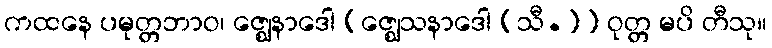
ကထနေ ပမုတ္တဘာဝ၊ ဇ္ဈေနာဒေါ [ဇ္ဈေသနာဒေါ (သီ.)] ဝုတ္တ မပိ တီသု။